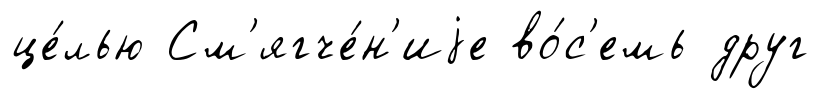
це́лью См'ягче́н'иjе во́с'емь друг